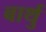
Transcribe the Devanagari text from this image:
बार्थु